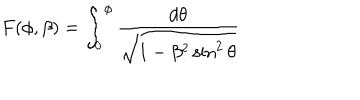
LaTeX: F ( \phi , \beta ) = \int _ { 0 } ^ { \phi } \frac { d \theta } { \sqrt { 1 - \beta ^ { 2 } \sin ^ { 2 } \theta } }